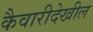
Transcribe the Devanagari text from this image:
कैवारीदेखील